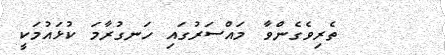
ތެރިވެގެންވާ މައްސަރުގައި ހަނގުރާމަ ކުޅައުމަކީ